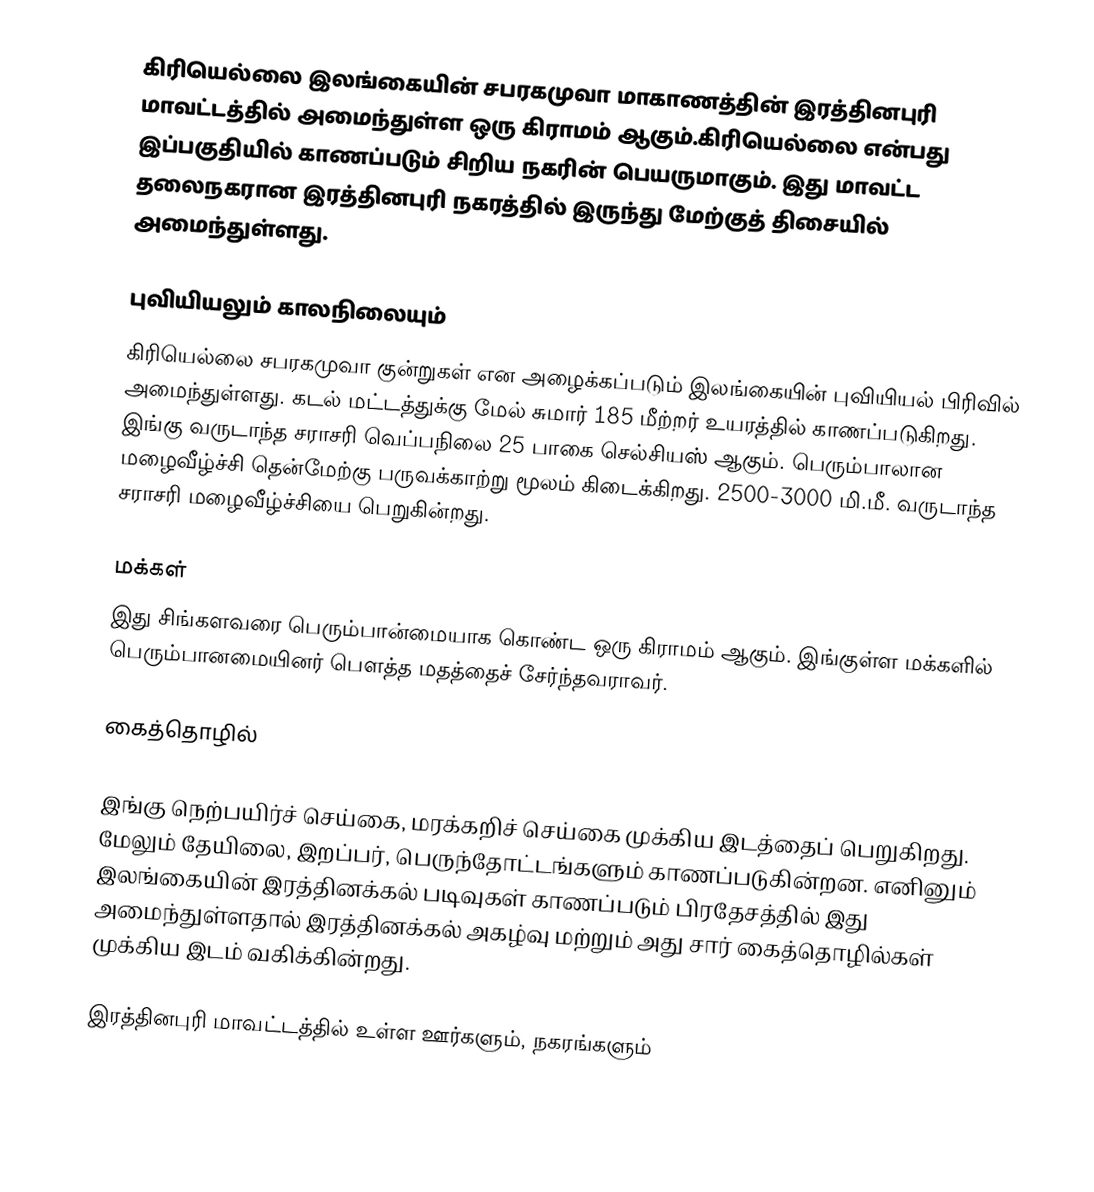
கிரியெல்லை இலங்கையின் சபரகமுவா மாகாணத்தின் இரத்தினபுரி மாவட்டத்தில் அமைந்துள்ள ஒரு கிராமம் ஆகும்.கிரியெல்லை என்பது இப்பகுதியில் காணப்படும்  சிறிய நகரின் பெயருமாகும். இது மாவட்ட தலைநகரான இரத்தினபுரி நகரத்தில் இருந்து  மேற்குத் திசையில்  அமைந்துள்ளது.

புவியியலும் காலநிலையும்
கிரியெல்லை  சபரகமுவா குன்றுகள் என அழைக்கப்படும்  இலங்கையின் புவியியல் பிரிவில் அமைந்துள்ளது. கடல் மட்டத்துக்கு மேல் சுமார் 185 மீற்றர்  உயரத்தில் காணப்படுகிறது. இங்கு வருடாந்த சராசரி வெப்பநிலை 25 பாகை செல்சியஸ் ஆகும். பெரும்பாலான மழைவீழ்ச்சி தென்மேற்கு பருவக்காற்று மூலம் கிடைக்கிறது. 2500-3000 மி.மீ. வருடாந்த சராசரி மழைவீழ்ச்சியை பெறுகின்றது.

மக்கள்
இது சிங்களவரை பெரும்பான்மையாக கொண்ட ஒரு கிராமம் ஆகும். இங்குள்ள மக்களில் பெரும்பானமையினர் பௌத்த மதத்தைச் சேர்ந்தவராவர்.

கைத்தொழில்

இங்கு நெற்பயிர்ச் செய்கை, மரக்கறிச் செய்கை முக்கிய இடத்தைப் பெறுகிறது. மேலும் தேயிலை, இறப்பர், பெருந்தோட்டங்களும் காணப்படுகின்றன. எனினும் இலங்கையின் இரத்தினக்கல் படிவுகள் காணப்படும் பிரதேசத்தில் இது அமைந்துள்ளதால் இரத்தினக்கல் அகழ்வு மற்றும் அது சார் கைத்தொழில்கள் முக்கிய இடம் வகிக்கின்றது.

இரத்தினபுரி மாவட்டத்தில் உள்ள ஊர்களும், நகரங்களும்